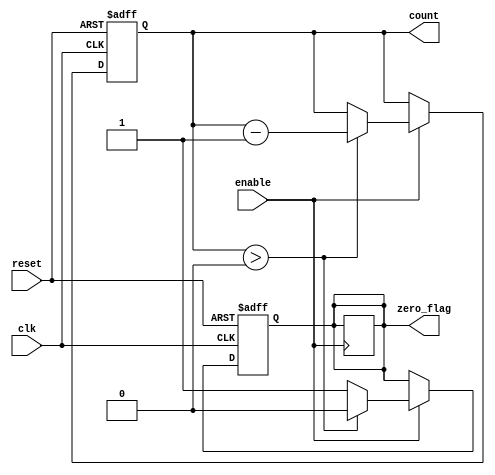
module MemoryBlocksDownCounter (
    input wire clk,          // Clock input
    input wire reset,        // Asynchronous reset
    input wire enable,       // Enable signal for counting
    output reg [3:0] count,  // Current count output (4 bits)
    output reg zero_flag     // Zero flag output
);

    // Initial count value
    parameter INITIAL_VALUE = 4'b1111; // Start counting down from 15 (4 bits)

    // Asynchronous reset and counting logic
    always @(posedge clk or posedge reset) begin
        if (reset) begin
            count <= INITIAL_VALUE; // Reset to initial value
            zero_flag <= 1'b0;       // Clear zero flag on reset
        end else if (enable) begin
            if (count > 0) begin
                count <= count - 1;  // Decrement the count
                zero_flag <= 1'b0;    // Clear zero flag when counting down
            end else begin
                zero_flag <= 1'b1;     // Set zero flag when count reaches zero
            end
        end
    end

    // Hold the count value when enable is low
    always @(negedge enable) begin
        if (!enable) begin
            zero_flag <= zero_flag; // Maintain zero flag state
        end
    end

endmodule